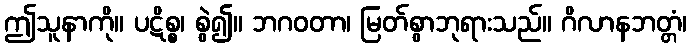
ဤသူနာကို။ ပဋိစ္စ၊ စွဲ၍။ ဘဂဝတာ၊ မြတ်စွာဘုရားသည်။ ဂိလာနဘတ္တံ၊